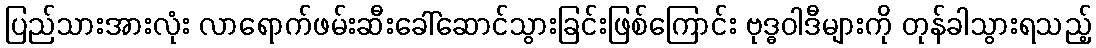
ပြည်သားအားလုံး လာရောက်ဖမ်းဆီးခေါ်ဆောင်သွားခြင်းဖြစ်ကြောင်း ဗုဒ္ဓဝါဒီများကို တုန်ခါသွားရသည့်